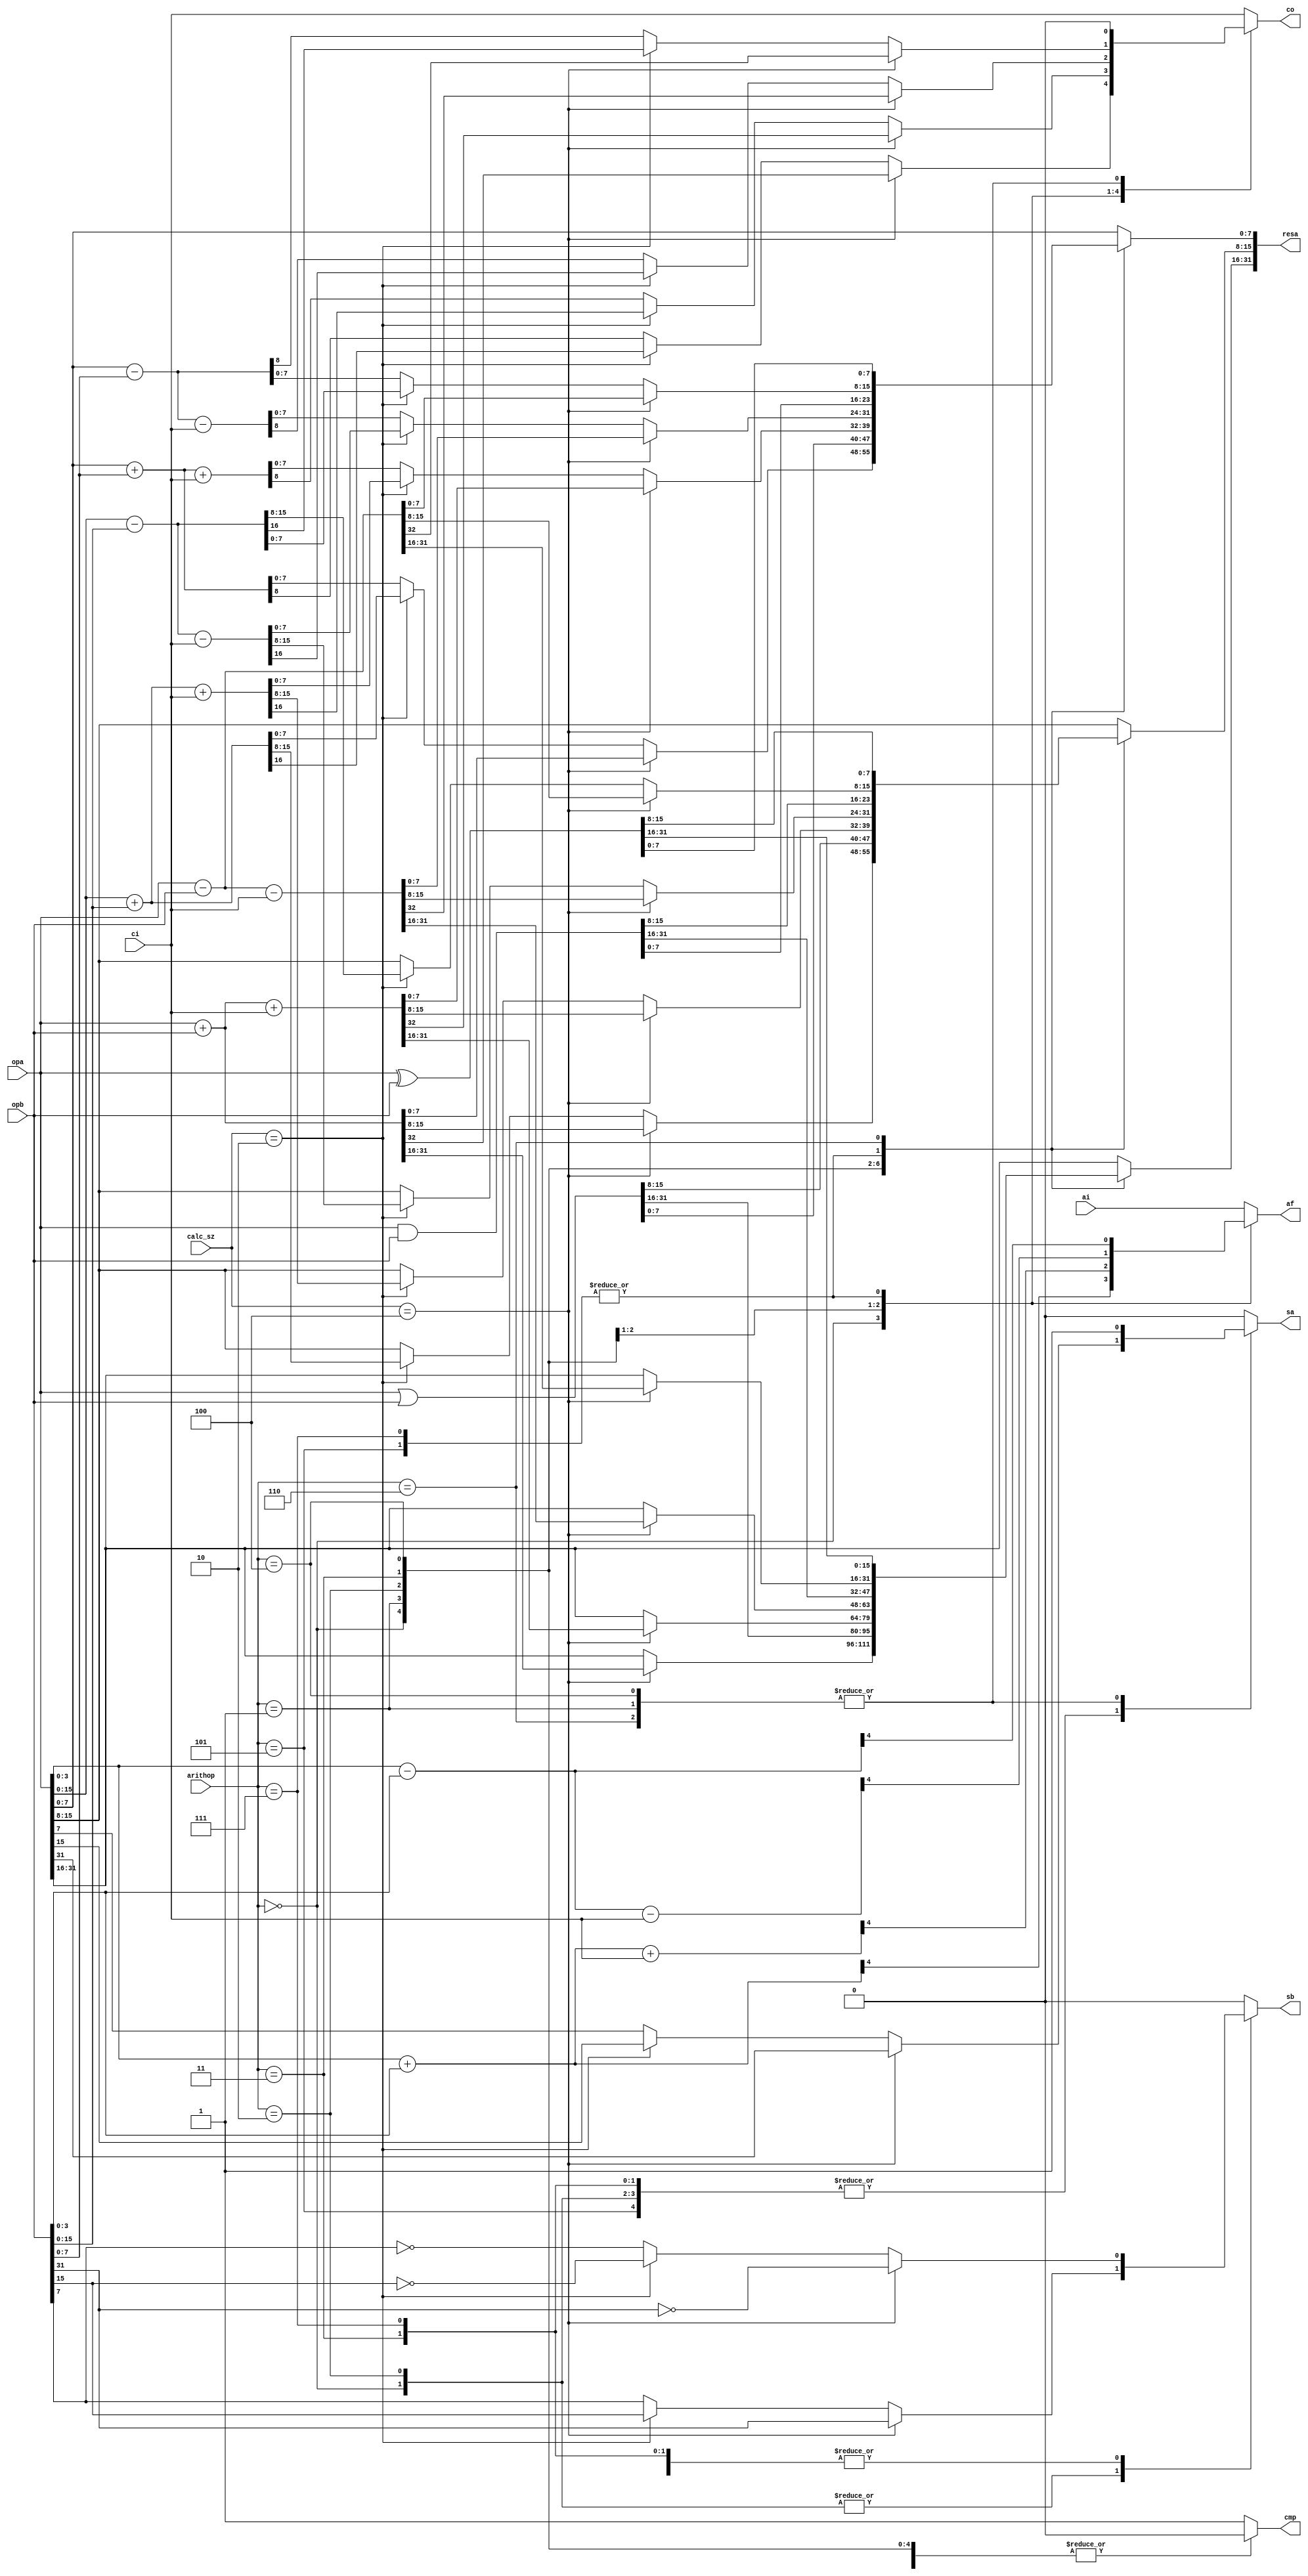
module arithbox (arithop,calc_sz,ci,co,af,ai,sa,sb,opa,opb,resa,cmp);

input       [3:0] arithop;
input       [3:0] calc_sz;
input      [31:0] opa,opb;
output reg [31:0] resa;
input         ci,ai;
output reg    co,af,sa,sb,cmp;

wire        [4:0] af2,af3,af4,af5;

assign af2 = opa[3:0]+opb[3:0];
assign af3 = opa[3:0]+opb[3:0]+ci;
assign af4 = opa[3:0]-opb[3:0];
assign af5 = opa[3:0]-opb[3:0]-ci;

always @(*)
      case (arithop)
         4'b0000 : if (calc_sz==4) begin {co,resa[31:0]} <= opa[31:0] + opb[31:0]; sa<=opa[31]; sb<=opb[31]; af <= af2[4];                            cmp <=0; end else
        	   if (calc_sz==2) begin {co,resa[15:0]} <= opa[15:0] + opb[15:0]; sa<=opa[15]; sb<=opb[15]; af <= af2[4]; resa[31:16] <= opa[31:16]; cmp <=0; end else
        	    	           begin {co,resa[ 7:0]} <= opa[ 7:0] + opb[ 7:0]; sa<=opa[ 7]; sb<=opb[ 7]; af <= af2[4]; resa[31: 8] <= opa[31: 8]; cmp <=0; end // add
        	   
         4'b0001 :                 begin     resa[31:0]  <= opa[31:0] | opb[31:0]; sa<=     1 ; sb<= 0     ; af <= ai    ; co <= 0;   cmp <=0; end // or
         
         4'b0010 : if (calc_sz==4) begin {co,resa[31:0]} <= opa[31:0] + opb[31:0] + ci; sa<=opa[31]; sb<=opb[31]; af <= af3[4]; 			   cmp <=0; end else
        	   if (calc_sz==2) begin {co,resa[15:0]} <= opa[15:0] + opb[15:0] + ci; sa<=opa[15]; sb<=opb[15]; af <= af3[4]; resa[31:16] <= opa[31:16]; cmp <=0; end else
        	   		   begin {co,resa[ 7:0]} <= opa[ 7:0] + opb[ 7:0] + ci; sa<=opa[ 7]; sb<=opb[ 7]; af <= af3[4]; resa[31: 8] <= opa[31: 8]; cmp <=0; end // adc
        		 
         4'b0011 : if (calc_sz==4) begin {co,resa[31:0]} <= opa[31:0] - opb[31:0] - ci; sa<=opa[31]; sb<=~opb[31];af <= af5[4]; 			   cmp <=0; end else
        	   if (calc_sz==2) begin {co,resa[15:0]} <= opa[15:0] - opb[15:0] - ci; sa<=opa[15]; sb<=~opb[15];af <= af5[4]; resa[31:16] <= opa[31:16]; cmp <=0; end else
        	   		   begin {co,resa[ 7:0]} <= opa[ 7:0] - opb[ 7:0] - ci; sa<=opa[ 7]; sb<=~opb[ 7];af <= af5[4]; resa[31: 8] <= opa[31: 8]; cmp <=0; end // sbc & cmp
         
         4'b0100 :                 begin     resa[31:0]  <= opa[31:0] & opb[31:0]; sa<=1      ; sb<= 0      ; af <= ai    ; co <= 0; cmp <= 0; end // and
         
         4'b0111 : begin
        	   if (calc_sz==4) begin {co,resa[31:0]} <= opa[31:0] - opb[31:0]; sa<=opa[31]; sb<=~opb[31]; af <= af4[4]; cmp <=1;                            end else
        	   if (calc_sz==2) begin {co,resa[15:0]} <= opa[15:0] - opb[15:0]; sa<=opa[15]; sb<=~opb[15]; af <= af4[4]; cmp <=1; resa[31:16] <= opa[31:16]; end else
        	   	           begin {co,resa[ 7:0]} <= opa[ 7:0] - opb[ 7:0]; sa<=opa[ 7]; sb<=~opb[ 7]; af <= af4[4]; cmp <=1; resa[31: 8] <= opa[31: 8]; end // sub
                   end
        		 
         4'b0101 : if (calc_sz==4) begin {co,resa[31:0]} <= opa[31:0] - opb[31:0]; sa<=opa[31]; sb<=~opb[31]; af <= af4[4]; cmp <=0; 			        end else
        	   if (calc_sz==2) begin {co,resa[15:0]} <= opa[15:0] - opb[15:0]; sa<=opa[15]; sb<=~opb[15]; af <= af4[4]; cmp <=0; resa[31:16] <= opa[31:16]; end else
        	   		   begin {co,resa[ 7:0]} <= opa[ 7:0] - opb[ 7:0]; sa<=opa[ 7]; sb<=~opb[ 7]; af <= af4[4]; cmp <=0; resa[31: 8] <= opa[31: 8]; end // sub
         
         4'b0110 :                 begin     resa[31:0]  <= opa[31:0] ^ opb[31:0]; sa<=     1 ; sb<=    0   ; af <= ai; co <= 0;  cmp <=0; end // xor
	 default :                 begin     resa[31:0]  <= opa[31:0]            ; sa <=    0 ; sb<=    0   ; af <= ai; co <= ci; cmp <=1; end
      endcase   


endmodule